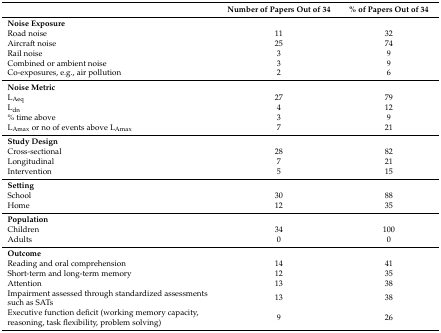
<table><thead><tr><td></td><td><b>Number of Papers Out of 34</b></td><td><b>% of Papers Out of 34</b></td></tr></thead><tbody><tr><td><b>Noise Exposure</b></td><td></td><td></td></tr><tr><td>Road noise</td><td>11</td><td>32</td></tr><tr><td>Aircraft noise</td><td>25</td><td>74</td></tr><tr><td>Rail noise</td><td>3</td><td>9</td></tr><tr><td>Combined or ambient noise </td><td>3</td><td>9</td></tr><tr><td>Co-exposures, e.g., air pollution</td><td>2</td><td>6</td></tr><tr><td><b>Noise Metric</b></td><td></td><td></td></tr><tr><td>L<sub>Aeq</sub></td><td>27</td><td>79</td></tr><tr><td>L<sub>dn</sub></td><td>4</td><td>12</td></tr><tr><td>% time above</td><td>3</td><td>9</td></tr><tr><td>L<sub>Amax</sub> or no of events above L<sub>Amax</sub></td><td>7</td><td>21</td></tr><tr><td><b>Study Design</b></td><td></td><td></td></tr><tr><td>Cross-sectional</td><td>28</td><td>82</td></tr><tr><td>Longitudinal</td><td>7</td><td>21</td></tr><tr><td>Intervention</td><td>5</td><td>15</td></tr><tr><td><b>Setting</b></td><td></td><td></td></tr><tr><td>School</td><td>30</td><td>88</td></tr><tr><td>Home</td><td>12</td><td>35</td></tr><tr><td><b>Population</b></td><td></td><td></td></tr><tr><td>Children</td><td>34</td><td>100</td></tr><tr><td>Adults</td><td>0</td><td>0</td></tr><tr><td><b>Outcome</b></td><td></td><td></td></tr><tr><td>Reading and oral comprehension </td><td>14</td><td>41</td></tr><tr><td>Short-term and long-term memory </td><td>12</td><td>35</td></tr><tr><td>Attention</td><td>13</td><td>38</td></tr><tr><td>Impairment assessed through standardized assessments such as SATs</td><td>13</td><td>38</td></tr><tr><td>Executive function deficit (working memory capacity, reasoning, task flexibility, problem solving)</td><td>9</td><td>26</td></tr></tbody></table>